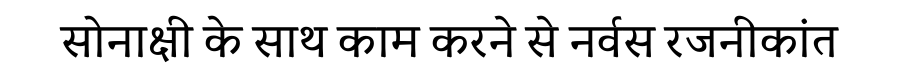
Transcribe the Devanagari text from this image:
सोनाक्षी के साथ काम करने से नर्वस रजनीकांत